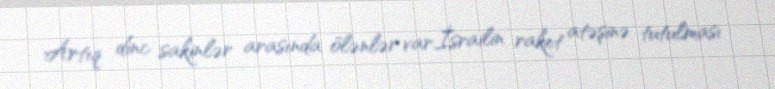
Artıq dinc sakinlər arasında ölənlər var.İsrailin raket atəşinə tutulması